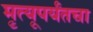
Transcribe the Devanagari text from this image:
मृत्यूपर्यंतचा